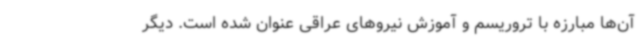
آن‌ها مبارزه با تروریسم و آموزش نیروهای عراقی عنوان شده است. دیگر